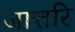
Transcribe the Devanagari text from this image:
जात्तरि